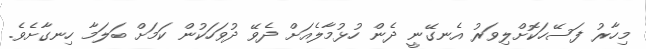
މިހާރު ފަސޭހަކޮށްލިވަރު އެނގޭނީ ދެން ހުޅުމާލެއަށް ދެވޭ ދުވަހަކުން ކަމަށް ބަލަމާ ހިނގާށެވެ.